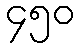
၄၅၀